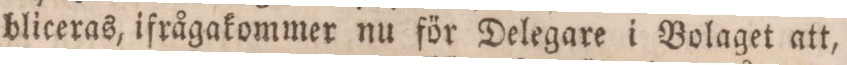
bliceras, ifrågakommer nu för Delegare i Bolaget att,